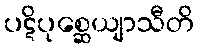
ပဋိပုစ္ဆေယျာသီတိ